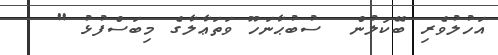
އަހުލުވެރި ބޭކަލުން  ސުބުޙާނަހޫ ވަތަޢާލާގެ މިބަސްފުޅު "